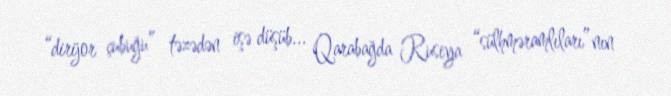
“dirijor çubuğu” təzədən işə düşüb... Qarabağda Rusiya “sülhməramlıları”nın